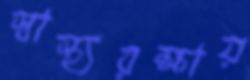
স্বাস্থ্যরক্ষায়